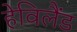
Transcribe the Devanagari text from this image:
हेविलैंड